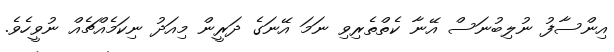
އިންސާފު ނުލިބުނަސް އޭނާ ކެތްތެރިވި ނަމަ އޭނަގެ ދަރީން މިއަދު ނިކަމެއްޗެއް ނުވީހެވެ.